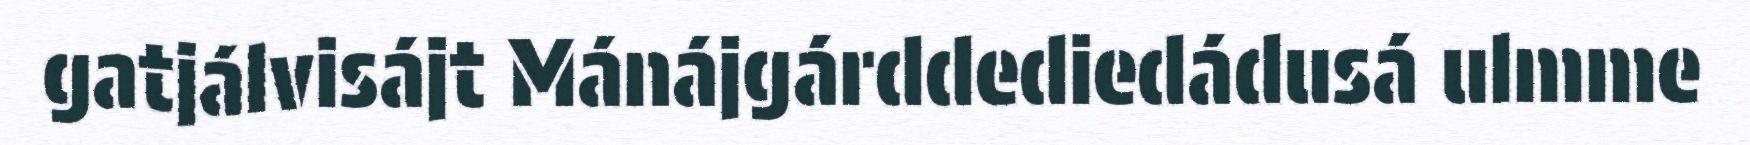
gatjálvisájt Mánájgárddediedádusá ulmme